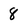
Character: 8